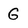
Character: G